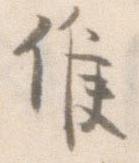
候